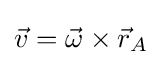
{\vec {v}}={\vec {\omega }}\times {\vec {r}}_{A}